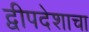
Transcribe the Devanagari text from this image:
द्वीपदेशाचा